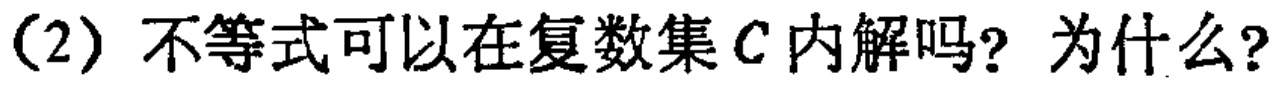
（2）不等式可以在复数集\(C\)内解吗？为什么？